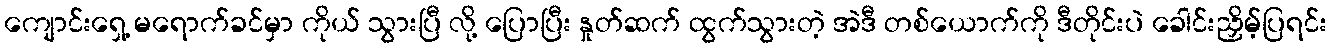
ကျောင်းရှေ့ မရောက်ခင်မှာ ကိုယ် သွားပြီ လို့ ပြောပြီး နှုတ်ဆက် ထွက်သွားတဲ့ အဲဒီ တစ်ယောက်ကို ဒီတိုင်းပဲ ခေါင်းညှိမ့်ပြရင်း